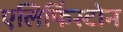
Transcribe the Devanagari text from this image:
एलिफिंस्टोन